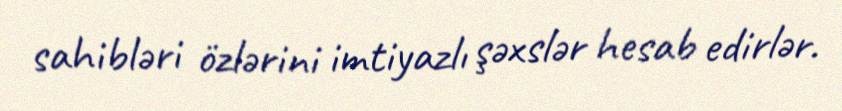
sahibləri özlərini imtiyazlı şəxslər hesab edirlər.